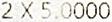
2 X 5.0000